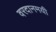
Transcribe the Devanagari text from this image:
वरदानमयी